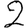
Digit: 2